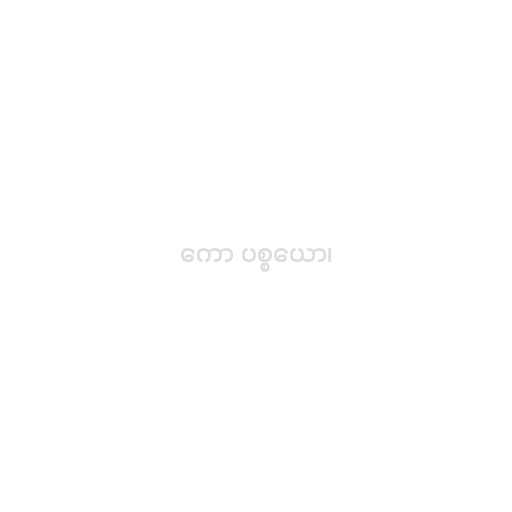
ကော ပစ္စယော၊